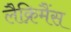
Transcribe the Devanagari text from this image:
लैक्रिमैंस